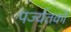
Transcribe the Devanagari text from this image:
पर्ज्यतकों